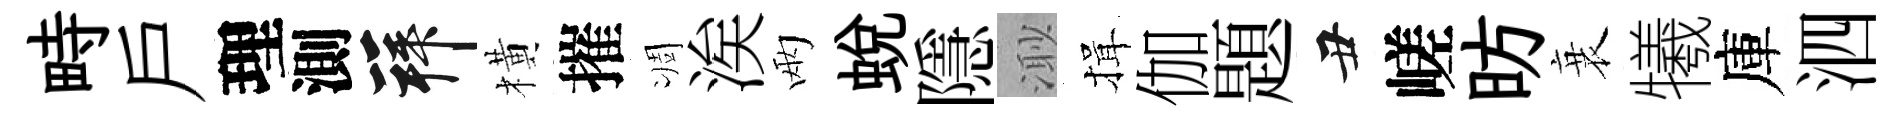
畤戸理測拜橫摧凋涘兩蜕隱𣺌揖伽題丑嵯昉衰犧庫泗